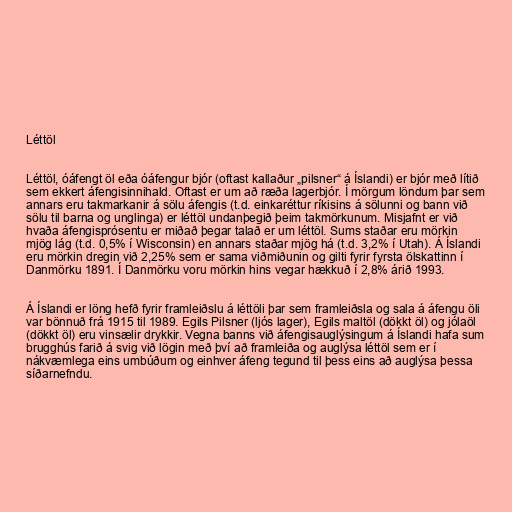
Léttöl

Léttöl, óáfengt öl eða óáfengur bjór (oftast kallaður „pilsner“ á Íslandi) er bjór með lítið
sem ekkert áfengisinnihald. Oftast er um að ræða lagerbjór. Í mörgum löndum þar sem
annars eru takmarkanir á sölu áfengis (t.d. einkaréttur ríkisins á sölunni og bann við
sölu til barna og unglinga) er léttöl undanþegið þeim takmörkunum. Misjafnt er við
hvaða áfengisprósentu er miðað þegar talað er um léttöl. Sums staðar eru mörkin
mjög lág (t.d. 0,5% í Wisconsin) en annars staðar mjög há (t.d. 3,2% í Utah). Á Íslandi
eru mörkin dregin við 2,25% sem er sama viðmiðunin og gilti fyrir fyrsta ölskattinn í
Danmörku 1891. Í Danmörku voru mörkin hins vegar hækkuð í 2,8% árið 1993.

Á Íslandi er löng hefð fyrir framleiðslu á léttöli þar sem framleiðsla og sala á áfengu öli
var bönnuð frá 1915 til 1989. Egils Pilsner (ljós lager), Egils maltöl (dökkt öl) og jólaöl
(dökkt öl) eru vinsælir drykkir. Vegna banns við áfengisauglýsingum á Íslandi hafa sum
brugghús farið á svig við lögin með því að framleiða og auglýsa léttöl sem er í
nákvæmlega eins umbúðum og einhver áfeng tegund til þess eins að auglýsa þessa
síðarnefndu.